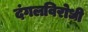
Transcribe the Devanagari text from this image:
दंगलविरोधी